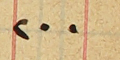
٢٠٠